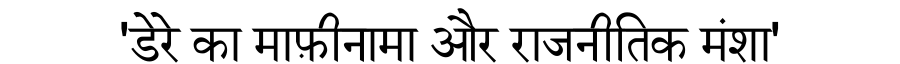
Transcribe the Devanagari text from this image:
'डेरे का माफ़ीनामा और राजनीतिक मंशा'